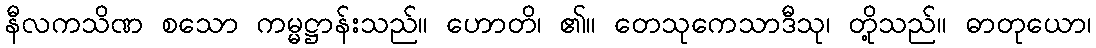
နီလကသိဏ စသော ကမ္မဋ္ဌာန်းသည်။ ဟောတိ၊ ၏။ တေသုကေသာဒီသု၊ တို့သည်။ ဓာတုယော၊